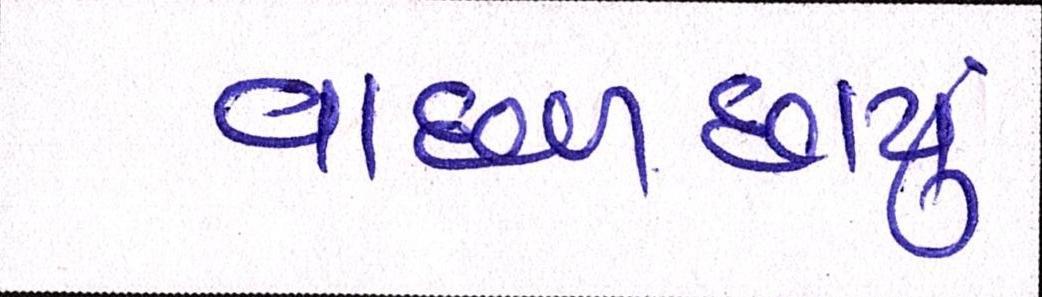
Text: વાદળછાયું